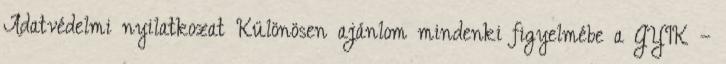
Adatvédelmi nyilatkozat Különösen ajánlom mindenki figyelmébe a GYIK –